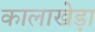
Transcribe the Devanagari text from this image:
कालाखेड़ा